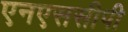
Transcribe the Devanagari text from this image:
एनएससीपी